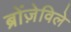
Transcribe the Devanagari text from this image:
ब्रोंज़ेविले